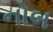
નોબ